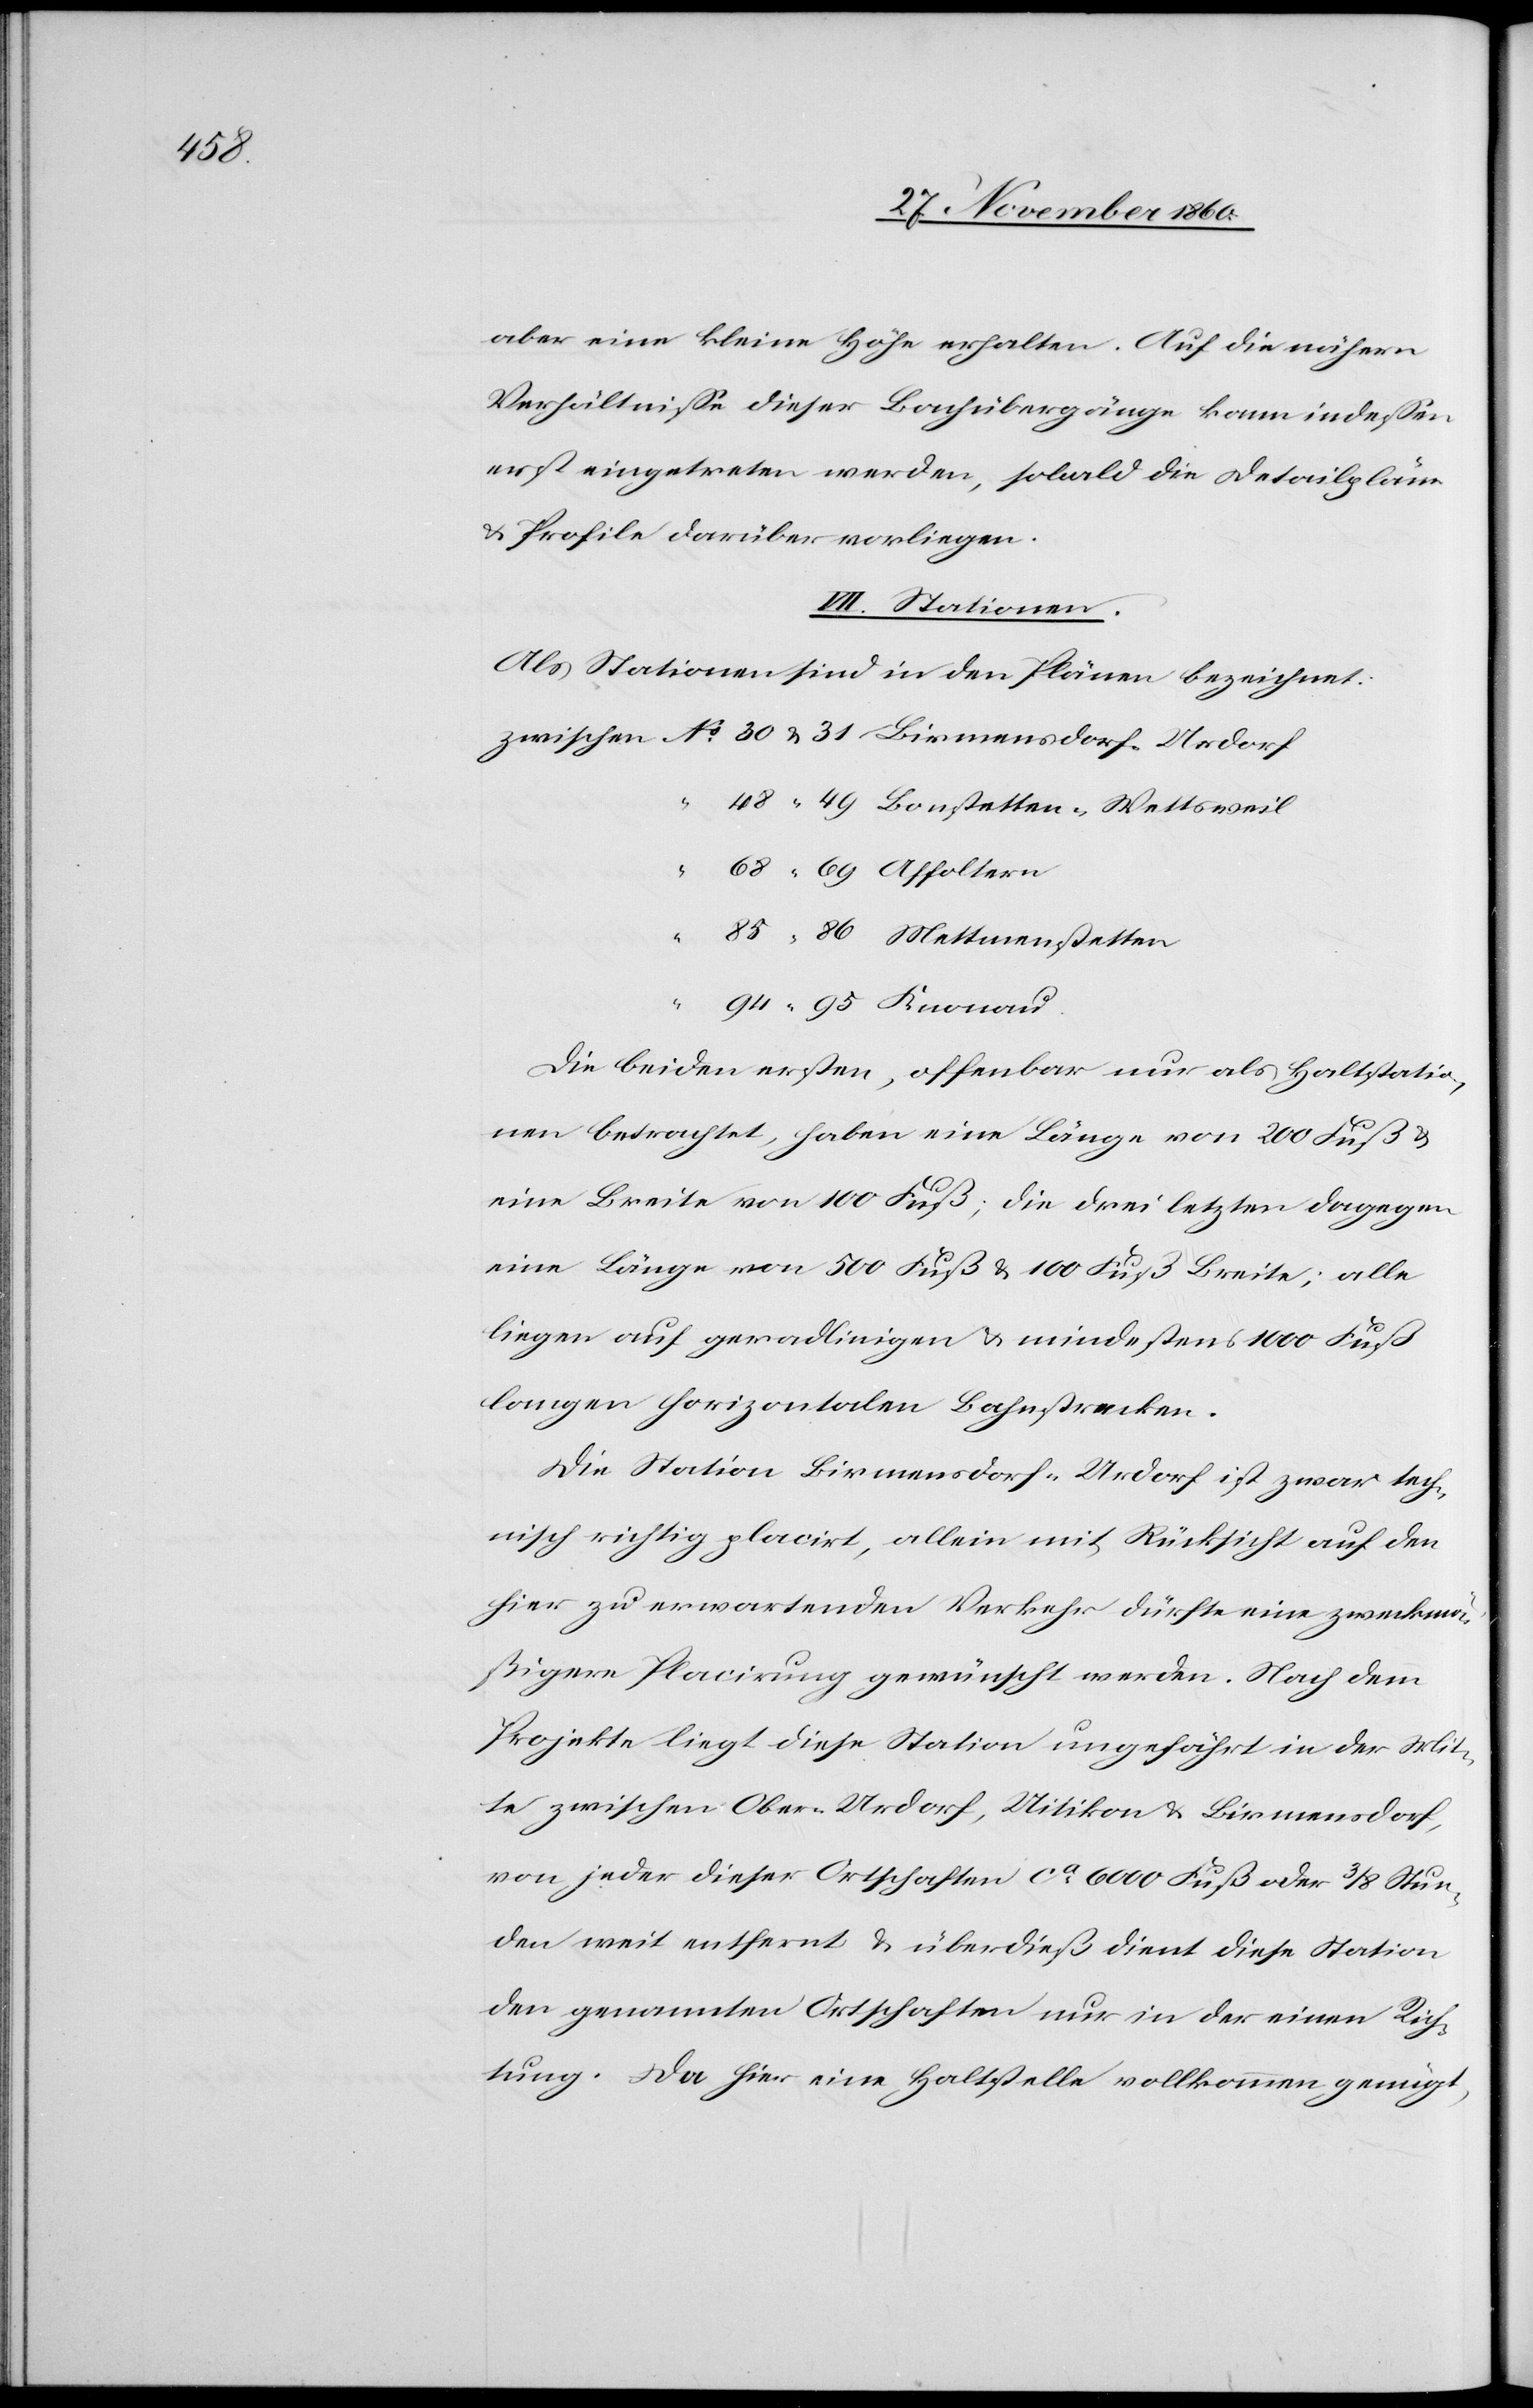
85

aber eine kleine Höhe erhalten. Auf die nähern
Verhältnisse dieser Bachübergänge kann indessen
erst eingetreten werden, sobald die Detailpläne
u. Profile darüber vorliegen.
VII. Stationen.
Als Stationen sind in den Plänen bezeichnet:
u.
Knonau
Die beiden ersten, offenbar nur als Haltstatio¬
nen betrachtet, haben eine Länge von 200 Fuß u.
eine Breite von 100 Fuß; die drei letzten dagegen
eine Länge von 500 Fuß u. 100 Fuß Breite; alle
liegen auf geradlinigen u. mindestens 1000 Fuß
langen horizontalen Bahnstrecken.
Die Station Birmensdorf-Urdorf ist zwar tech¬
nisch richtig placirt, allein mit Rücksicht auf den
hier zu erwartenden Verkehr dürfte eine zweckmä¬
ßigere Placirung gewünscht werden. Nach dem
Projekte liegt diese Station ungefährt [sic!] in der Mit¬
te zwischen Ober-Urdorf, Uitikon u. Birmensdorf,
von jeder dieser Ortschaften ca 6000 Fuß oder 3/8 Stun¬
den weit entfernt u. überdieß dient diese Station
den genannten Ortschaften nur in der einen Rich¬
tung. Da hier eine Haltstelle vollkommen genügt,